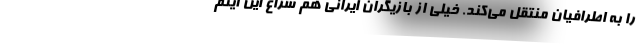
را به اطرافیان منتقل می‌کند. خیلی از بازیگران ایرانی هم سراغ این آیتم